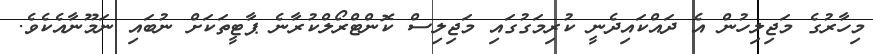
މިހާރުގެ މަޖިލިހުން އެ ދައްކައިދެނީ ކުރިމަގުގައި މަޖިލިސް ކޮންޓްރޯލްކުރާނެ ޕާޓީތަކަށް ނުބައި ނަމޫނާއެކެވެ.